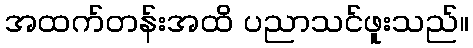
အထက်တန်းအထိ ပညာသင်ဖူးသည်။